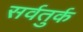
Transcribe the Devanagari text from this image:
सर्वतुर्क